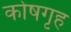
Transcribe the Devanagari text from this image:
कोषगृह